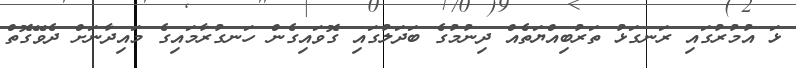
ޅަ އުމުރުގައި ރަނގަޅު ތަރުބިއްޔަތެއް ދިނުމުގެ ބަދަލުގައި ގޮވައިގެން ހަނގުރާމައިގެ މައިދާނަށް ދެވޭގޮތް